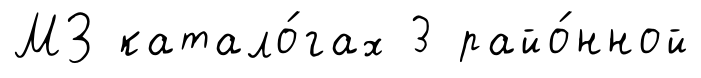
МЗ катало́гах 3 райо́нной